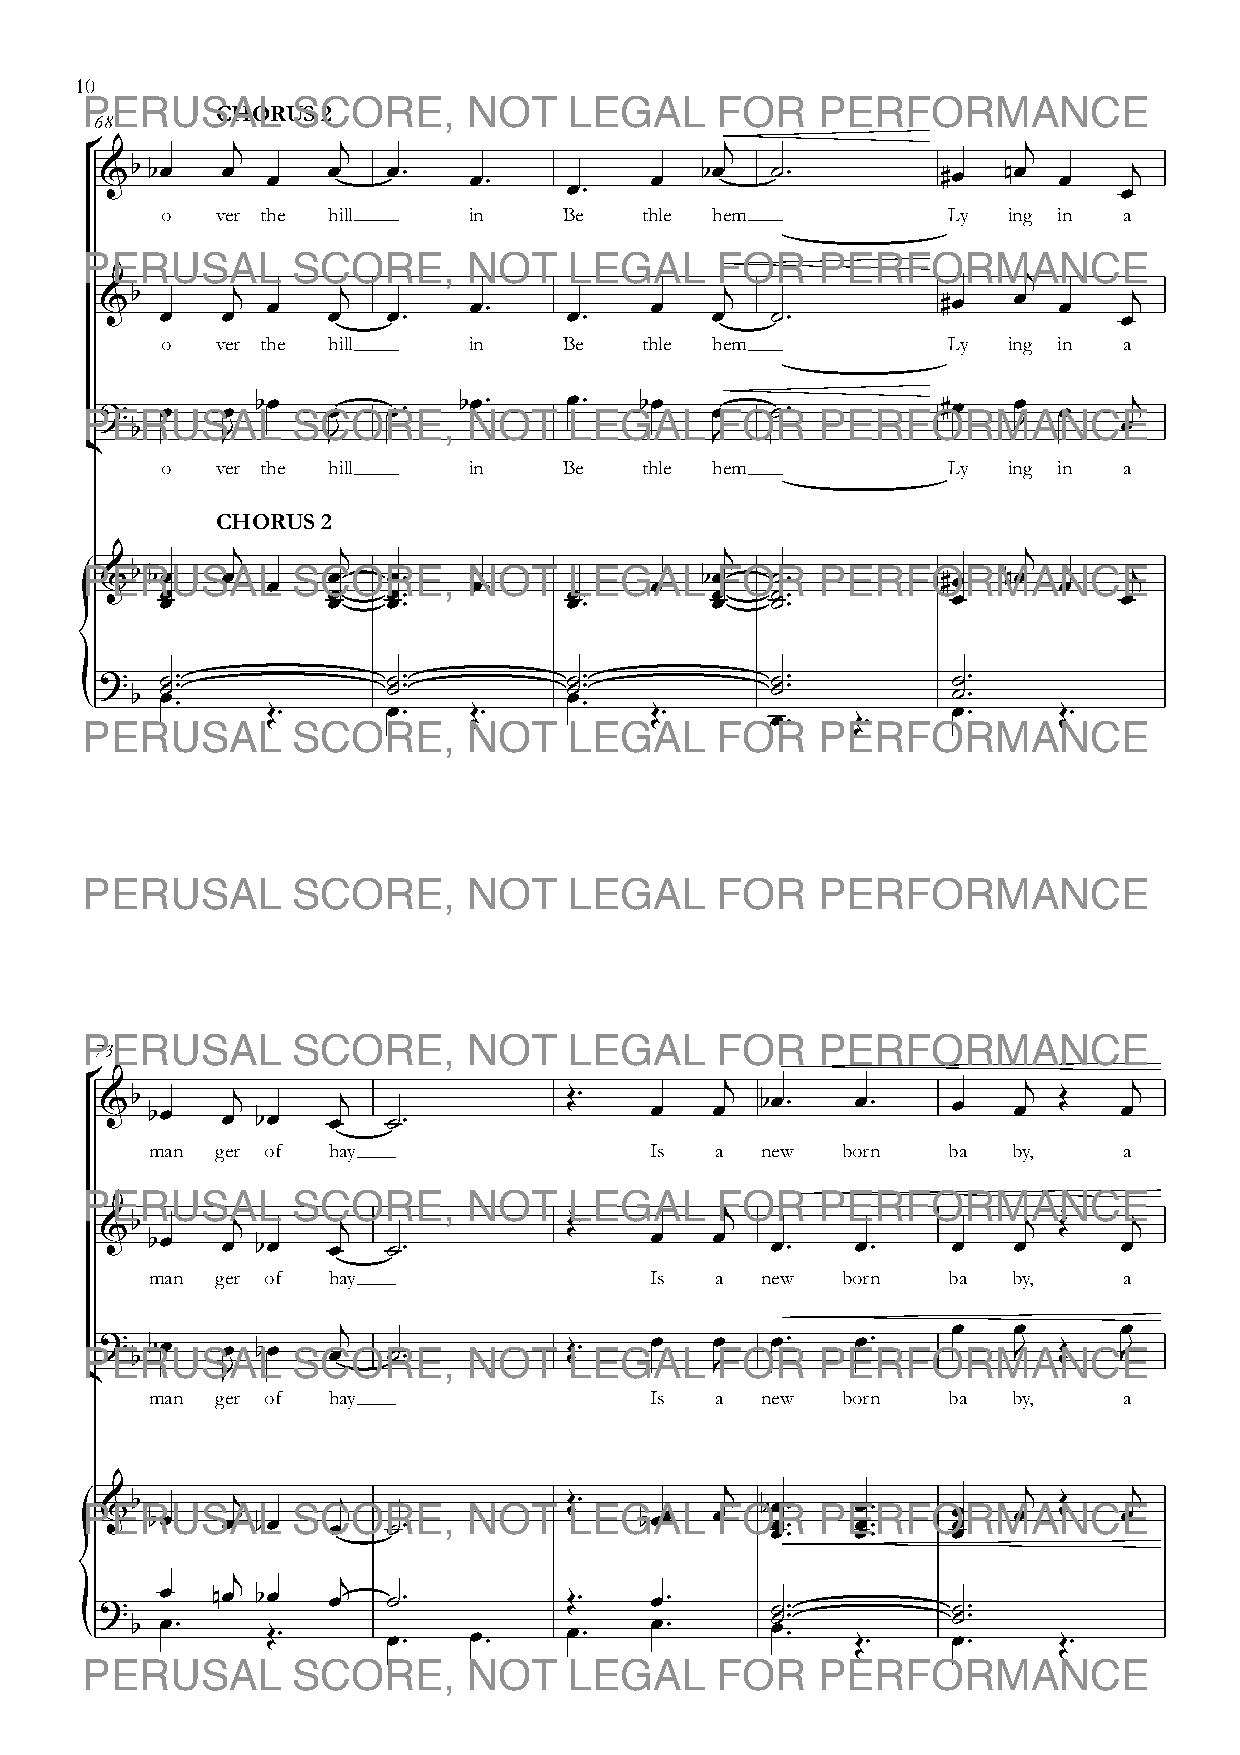
10
 CHORUS 2
 68
 °        j       j                        j                   j
 &b bœ   œ  œ   œ   œ™   œ™          œ  bœ   ˙™         #œ   nœ œ    j
 œ™                                  œ
 o - ver the hill    in    Be - thle - hem           Ly - ing in a
 j
 &b      j  œ    j       œ™          œ    j             #œ   œ  œ    j
 œ   œ      œ   œ™          œ™       œ   ˙™                     œ
 o - ver the hill    in    Be - thle - hem           Ly - ing in a
 ?   œ   œ bœ   œ   œ™  bœ™     œ™  bœ   œ   ˙™         #œ   œ  œ    j
 ¢  b     J      J                        J                   J      œ
 o - ver the hill    in    Be - thle - hem           Ly - ing in a
 CHORUS 2
 j       j                        j                   j
 &b bœ   œ  œ   œ   œ™   œ™          œ  bœ   ˙™         #œ   nœ œ    j
 {     œœ         œœ  œœ ™™       œœ ™™    œœ  ˙˙ ™™       œ          œ
 ?
 b
 ˙˙ œ™™™        ˙˙™™        ˙˙ œ™™™      ˙˙™™        ˙˙ ™™
 Œ™      œ™   Œ™          Œ™
 œ™    Œ™
 œ™     Œ™
 73
 °
 &b bœ   œj bœ  œj  ˙™          Œ™   œ   œj bœ™    œ™    œ   œj Œ   œj
 man - ger of hay                 Is  a  new - born   ba - by,   a
 &b
 bœ
 œj
 bœ
 œj
 ˙™
 Œ™
 œ
 œj
 œ™    œ™    œ
 œj Œ   œj
 man - ger of hay                 Is  a  new - born   ba - by,   a
 ¢? b bœ  œ
 J
 bœ   œj  ˙™          Œ™   œ   œ J œ™    œ™    œ   œ J Œ  œ J
 man - ger of hay                 Is  a  new - born   ba - by,   a
 {&b  bœ   œj bœ  œj  ˙™          Œ™  bœœ  œj b œœœ ™™™ œœœ ™™™ œœœ œj Œ œj
 j       j
 ?
 b
 œœ
 ™
 nœ b Œœ
 ™
 œ   œ˙ ™™
 œ™
 œŒ™
 ™
 œ œ™
 ™
 ˙˙ œ™™™
 Œ™
 ˙˙ œ™™™
 Œ™